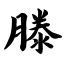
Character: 滕